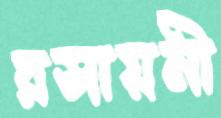
রসায়নী